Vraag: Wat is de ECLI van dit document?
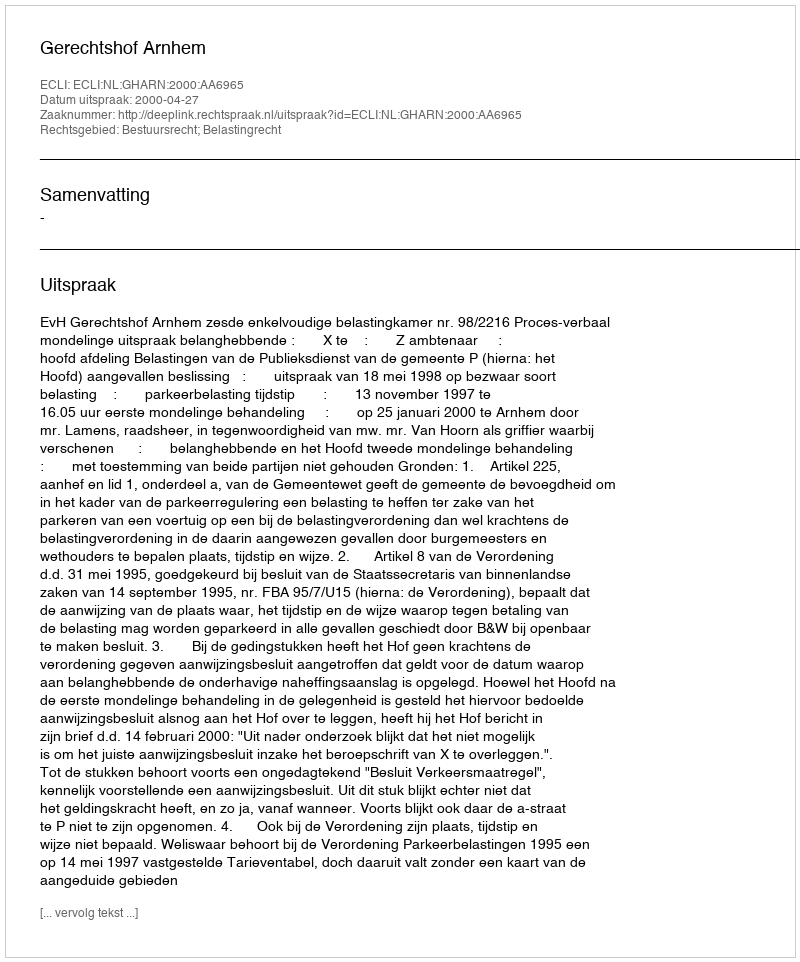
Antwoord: ECLI:NL:GHARN:2000:AA6965